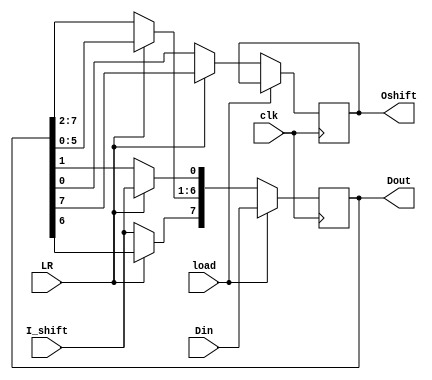
module task1_shift( Din, load, LR, clk, I_shift, Dout, Oshift  );
    //in, out port
    input wire                  load,LR,clk,I_shift;
    input wire signed   [7:0]   Din;
    output reg                  Oshift; 
    output reg          [7:0]   Dout;
    reg                 [7:0]   tmp_out;
    
    //design
    always@(posedge clk) begin
        if (load == 0) begin
            if (LR == 1) begin
                tmp_out = Dout;
                Oshift = Dout[7];
                Dout[7:1] = tmp_out[6:0];
                Dout[0] = I_shift;
            end
            else begin
                tmp_out = Dout;
                Oshift = Dout[0];
                Dout[6:0] = tmp_out[7:1];
                Dout[7] = I_shift;
            end
        end
        else Dout = Din;
    end
    
endmodule